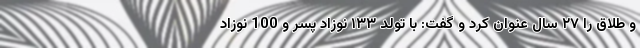
و طلاق را ۲۷ سال عنوان کرد و گفت: با تولد ۱۳۳ نوزاد پسر و 100 نوزاد